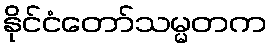
နိုင်ငံတော်သမ္မတက